Elephants and their diseases
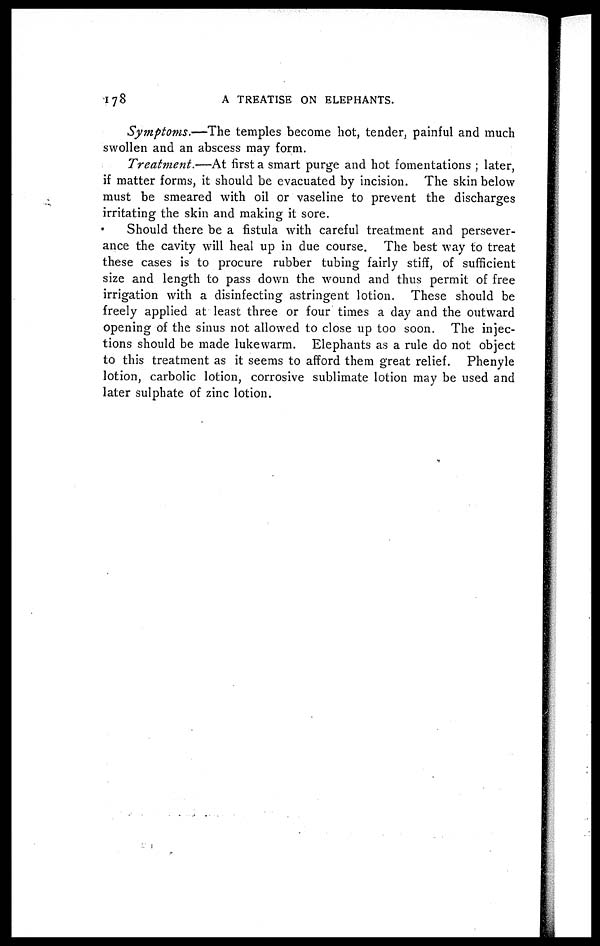
178
A TREATISE ON ELEPHANTS.
Symptoms.—The temples become hot, tender, painful and much
swollen and an abscess may form.
Treatment.-—At first a smart purge and hot fomentations ; later,
if matter forms, it should be evacuated by incision. The skin below
must be smeared with oil or vaseline to prevent the discharges
irritating the skin and making it sore.
Should there be a fistula with careful treatment and persever-
ance the cavity will heal up in due course. The best way to treat
these cases is to procure rubber tubing fairly stiff, of sufficient
size and length to pass down the wound and thus permit of free
irrigation with a disinfecting astringent lotion. These should be
freely applied at least three or four times a day and the outward
opening of the sinus not allowed to close up too soon. The injec-
tions should be made lukewarm. Elephants as a rule do not object
to this treatment as it seems to afford them great relief. Phenyle
lotion, carbolic lotion, corrosive sublimate lotion may be used and
later sulphate of zinc lotion.